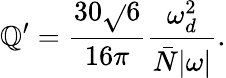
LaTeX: \mathbb{Q}^{\prime}=\frac{{30\sqrt{}{{6}}}}{{16\pi}}\frac{{\omega_{d}^{2}}}{{\bar{{N}}|\omega|}}.